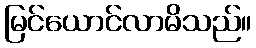
မြင်ယောင်လာမိသည်။